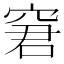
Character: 窘